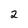
Character: 2